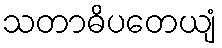
သတာဓိပတေယျံ